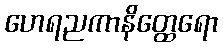
ဟေရညကာနိတ္ထေရော